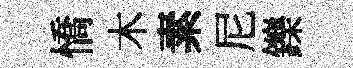
憍木素尼鑠